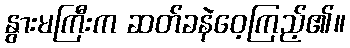
နွားမကြီးက ဆတ်ခနဲဝေ့ကြည့်၏။